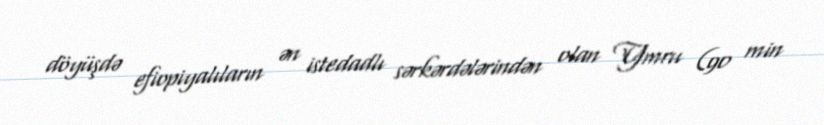
döyüşdə efiopiyalıların ən istedadlı sərkərdələrindən olan Ymru (90 min